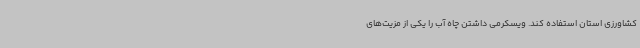
کشاورزی استان استفاده کند. ویسکرمی داشتن چاه آب را یکی از مزیت‌های